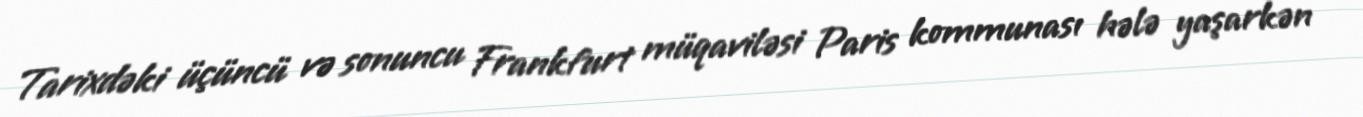
Tarixdəki üçüncü və sonuncu Frankfurt müqaviləsi Paris kommunası hələ yaşarkən